Report of the Indian Hemp Drugs Commission, 1894-1895 - Volume I
Year: 1894
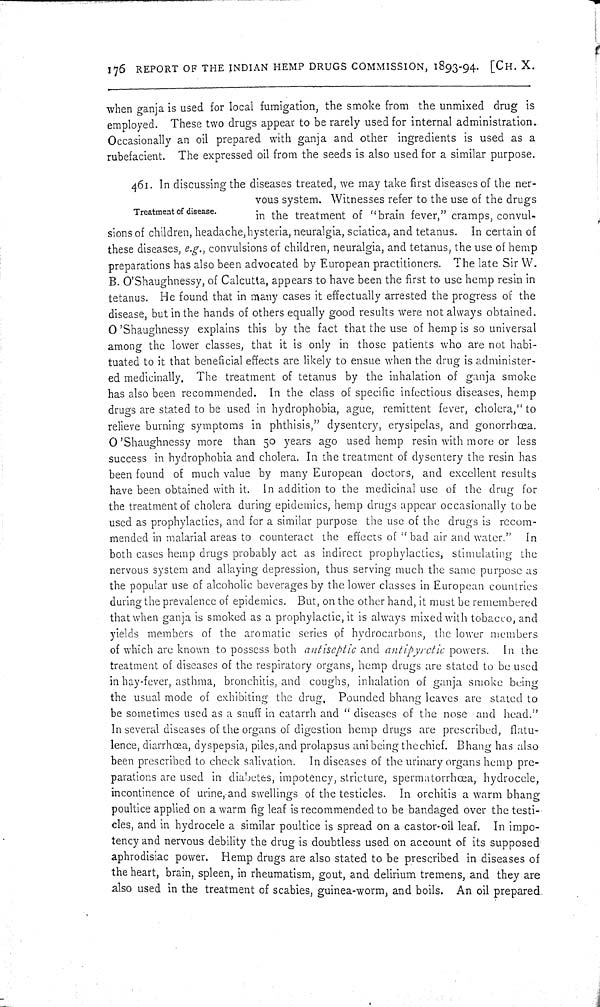
176 REPORT OF THE INDIAN HEMP DRUGS COMMISSION, 1893-94. [CH. X.
when ganja is used for local fumigation, the smoke from the unmixed drug is
employed. These two drugs appear to be rarely used for internal administration..
Occasionally an oil prepared with ganja and other ingredients is used as a
rubefacient. The expressed oil from the seeds is also used for a similar purpose.
Treatment of disease.
461. In discussing the diseases treated, we may take first diseases of the ner-
vous system. Witnesses refer to the use of the drugs
in the treatment of "brain fever," cramps, convul-
sions of children, headache, hysteria, neuralgia, sciatica, and tetanus. In certain of
these diseases, e.g., convulsions of children, neuralgia, and tetanus, the use of hemp
preparations has also been advocated by European practitioners. The late Sir W.
B. O'Shaughnessy, of Calcutta, appears to have been the first to use hemp resin in
tetanus. He found that in many cases it effectually arrested the progress of the
disease, but in the hands of others equally good results were not always obtained.
O 'Shaughnessy explains this by the fact that the use of hemp is so universal
among the lower classes, that it is only in those patients who are not habi-
tuated to it that beneficial effects are likely to ensue when the drug is administer-
ed medicinally. The treatment of tetanus by the inhalation of ganja smoke
has also been recommended. In the class of specific infectious diseases, hemp
drugs are stated to be used in hydrophobia, ague, remittent fever, cholera,"to
relieve burning symptoms in phthisis," dysentery, erysipelas, and gonorrhœa.
O'Shaughnessy more than 50 years ago used hemp resin with more or less
success in hydrophobia and cholera. In the treatment of dysentery the resin has
been found of much value by many European doctors, and excellent results
have been obtained with it. In addition to the medicinal use of the drug for
the treatment of cholera during epidemics, hemp drugs appear occasionally to be
used as prophylactics, and for a similar purpose the use of the drugs is recom-
mended in malarial areas to counteract the effects of "bad air and water." In
both cases hemp drugs probably act as indirect prophylactics, stimulating the
nervous system and allaying depression, thus serving much the same purpose as
the popular use of alcoholic beverages by the lower classes in European countries
during the prevalence of epidemics. But, on the other hand, it must be remembered
that when ganja is smoked as a prophylactic, it is always mixed with tobacco, and
yields members of the aromatic series of hydrocarbons, the lower members
of which are known to possess both antiseptic and antipyretic powers. In the
treatment of diseases of the respiratory organs, hemp drugs are stated to be used
in hay-fever, asthma, bronchitis, and coughs, inhalation of ganja smoke being
the usual mode of exhibiting the drug. Pounded bhang leaves are stated to
be sometimes used as a snuff in catarrh and "diseases of the nose and head."
In several diseases of the organs of digestion hemp drugs are prescribed, flatu-
lence, diarrhœa, dyspepsia, piles, and prolapsus ani being the chief. Bhang has also
been prescribed to check salivation. In diseases of the urinary organs hemp pre-
parations are used in diabetes, impotency, stricture, spermatorrhœa, hydrocele,
incontinence of urine, and swellings of the testicles. In orchitis a warm bhang
poultice applied on a warm fig leaf is recommended to be bandaged over the testi-
cles, and in hydrocele a similar poultice is spread on a castor-oil leaf. In impo-
tency and nervous debility the drug is doubtless used on account of its supposed
aphrodisiac power. Hemp drugs are also stated to be prescribed in diseases of
the heart, brain, spleen, in rheumatism, gout, and delirium tremens, and they are
also used in the treatment of scabies, guinea-worm, and boils. An oil prepared